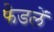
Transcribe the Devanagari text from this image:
फेडलें